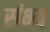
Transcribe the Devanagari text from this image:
संभ्य